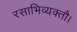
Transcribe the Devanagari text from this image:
रसाभिव्यक्तौ।